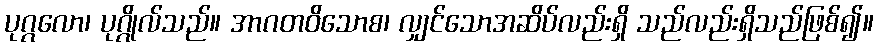
ပုဂ္ဂလော၊ ပုဂ္ဂိုလ်သည်။ အာဂတဝိသောစ၊ လျှင်သောအဆိပ်လည်းရှိ သည်လည်းရှိသည်ဖြစ်၍။